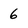
Character: 6